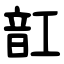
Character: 䪦